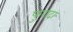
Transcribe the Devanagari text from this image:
फुरादा